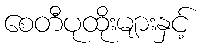
စေတီပုထိုးများနှင့်